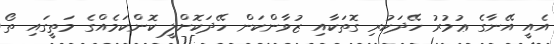
އެއީ އޭނާގެ ޢުމުރު ހޭދަކުރި ގޮތަކާއި ޒުވާންކަން ހޭދަކޮށްލީ ކޮންކަމެއްގެ މަތީގައި ތޯ